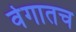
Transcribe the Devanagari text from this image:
वेगातच